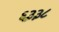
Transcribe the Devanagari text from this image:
६३३८